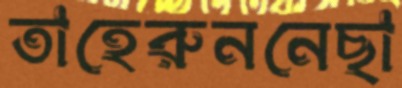
তাহেরুননেছা